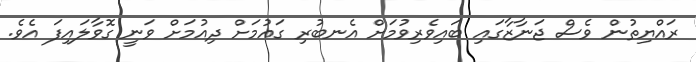
ރައްޔިތުން ވެސް ޖަނާޒާގައި ބައިވެރިވުމަށް އެނބުރި ގައުމަށް ދިއުމަށް ވަނީ ގޮވާލައިފަ އެވެ.